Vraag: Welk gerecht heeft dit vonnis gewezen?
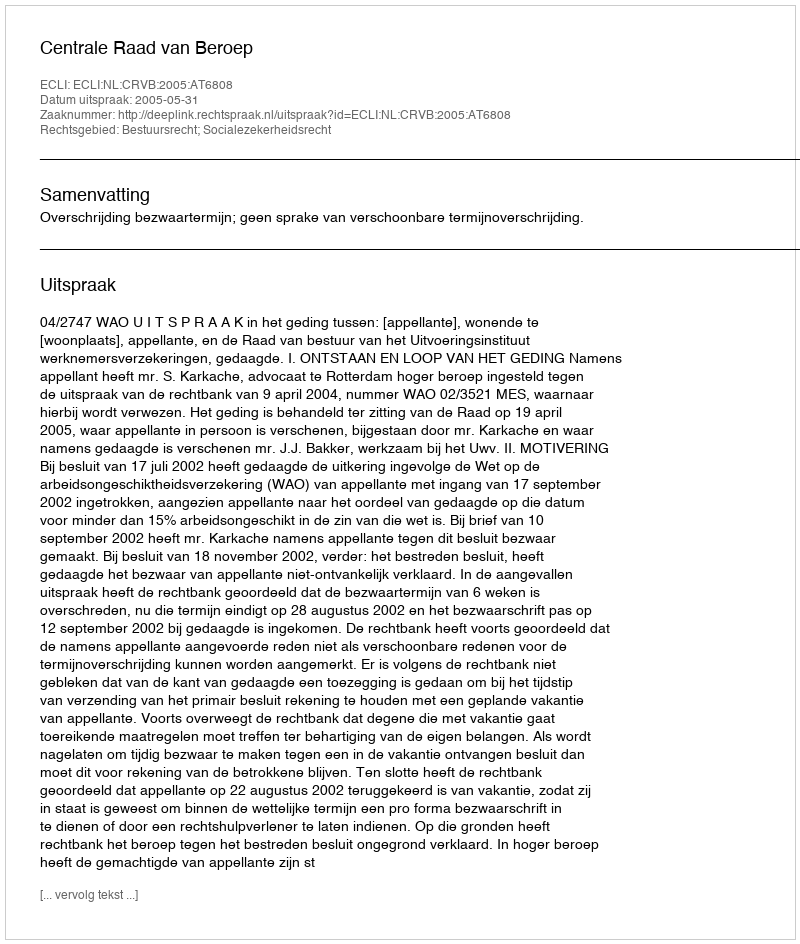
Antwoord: Centrale Raad van Beroep